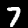
Digit: 7